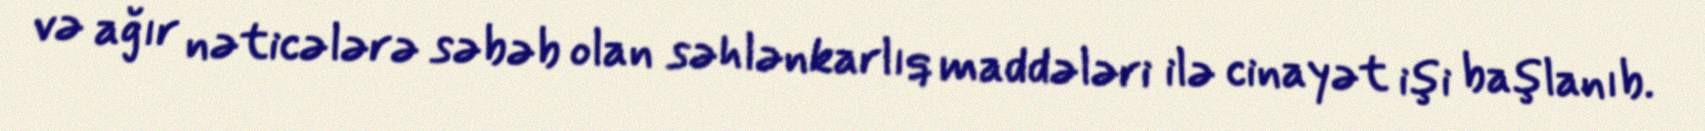
və ağır nəticələrə səbəb olan səhlənkarlıq maddələri ilə cinayət işi başlanıb.